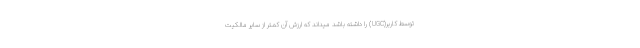
توسط کاربر(UGC) را داشته باشد میداند که ارزش آن کمتر از سایر مالکیت